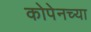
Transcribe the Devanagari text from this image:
कोपेनच्या